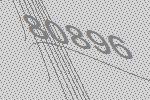
80896